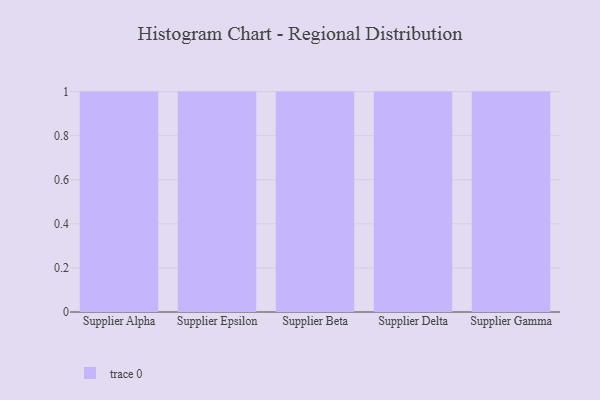
{"axis": {"x": "Supplier", "y": "Humidity (%)"}, "legend": [""], "data": [{"x": "Supplier Alpha", "y": 58, "type": ""}, {"x": "Supplier Epsilon", "y": 10, "type": ""}, {"x": "Supplier Beta", "y": 64, "type": ""}, {"x": "Supplier Delta", "y": 72, "type": ""}, {"x": "Supplier Gamma", "y": 93, "type": ""}]}